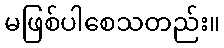
မဖြစ်ပါစေသတည်း။